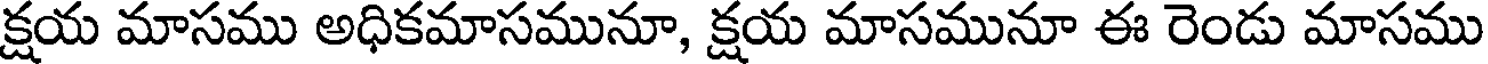
క్షయ మాసము అధికమాసమునూ, క్షయ మాసమునూ ఈ రెండు మాసము